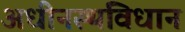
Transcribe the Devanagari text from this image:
अधीनस्थविधान